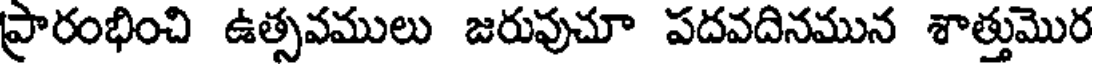
ప్రారంభించి ఉత్సవములు జరువుచూ పదవదినమున శాత్తుమొర